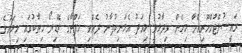
ރައީސުލްޖުމްހޫރިއްޔާ މިހެން ވިދާޅުވީ މިއަދު އެމަނިކުފާނު ދެއްވި ހަފްތާގެ ރޭޑިޔޯ ޚިޠާބުގައި މިމަހުގެ